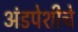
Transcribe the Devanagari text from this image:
अंडपेशीचे